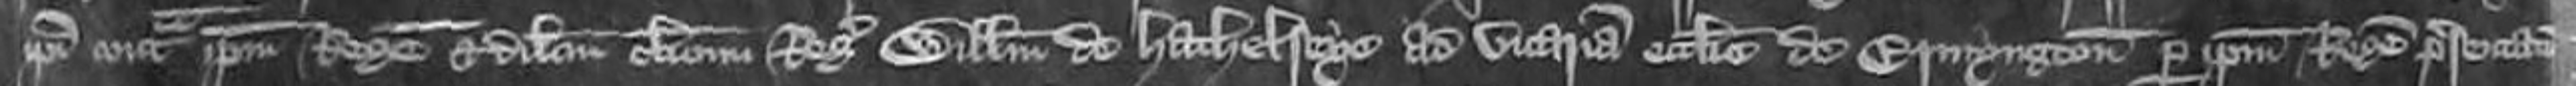
ipsi contra ipsum Regem et dilectum clericum Regis Willelmum de Hathelseye ad vicariam ecclesie de Ermyngton per ipsum Regem presentationem